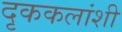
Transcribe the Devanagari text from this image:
दृककलांशी